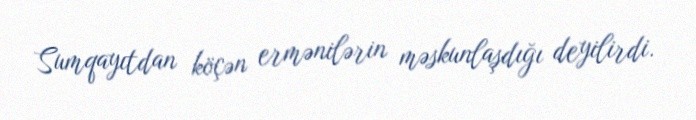
Sumqayıtdan köçən ermənilərin məskunlaşdığı deyilirdi.